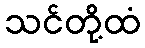
သင်တို့ထံ